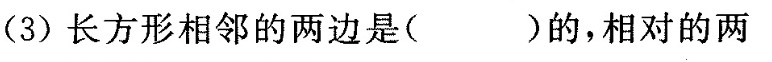
(3)长方形相邻的两边是( )的，相对的两